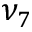
\nu _ { 7 }